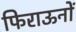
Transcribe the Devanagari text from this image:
फिराऊनों